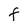
Character: F